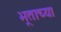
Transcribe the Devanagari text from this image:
भूताच्या